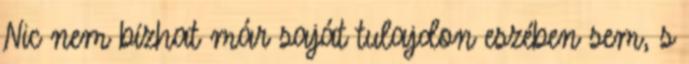
Nic nem bízhat már saját tulajdon eszében sem, s